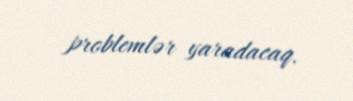
problemlər yaradacaq.